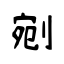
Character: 剜